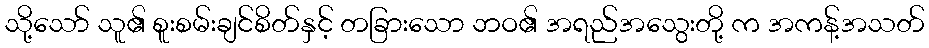
သို့သော် သူ၏ စူးစမ်းချင်စိတ်နှင့် တခြားသော ဘဝ၏ အရည်အသွေးတို့ က အကန့်အသတ်